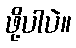
ဖို့ပါပဲ။